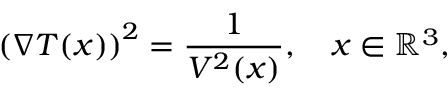
\left( \nabla T ( \boldsymbol { x } ) \right) ^ { 2 } = \frac { 1 } { V ^ { 2 } ( \boldsymbol { x } ) } , \quad \boldsymbol { x } \in \mathbb { R } ^ { 3 } ,